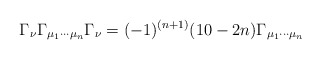
\begin{align*}\Gamma_{\nu} \Gamma_{\mu_1 \cdots\mu_n} \Gamma_{\nu} = (-1)^{(n+1)} (10 - 2n) \Gamma_{\mu_1 \cdots\mu_n}\end{align*}